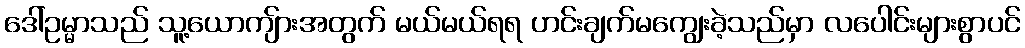
ဒေါ်ဥမ္မာသည် သူ့ယောကျ်ားအတွက် မယ်မယ်ရရ ဟင်းချက်မကျွေးခဲ့သည်မှာ လပေါင်းများစွာပင်